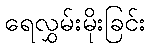
ရေလွှမ်းမိုးခြင်း